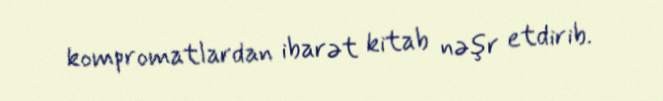
kompromatlardan ibarət kitab nəşr etdirib.